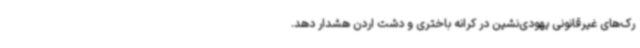
رک‌های غیرقانونی یهودی‌نشین در کرانه باختری و دشت اردن هشدار دهد.